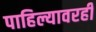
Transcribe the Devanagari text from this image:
पाहिल्यावरही